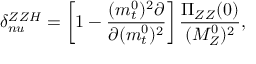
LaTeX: \delta _ { n u } ^ { Z Z H } = \left[ 1 - { \frac { ( m _ { t } ^ { 0 } ) ^ { 2 } \partial } { \partial ( m _ { t } ^ { 0 } ) ^ { 2 } } } \right] { \frac { \Pi _ { Z Z } ( 0 ) } { ( M _ { Z } ^ { 0 } ) ^ { 2 } } } ,